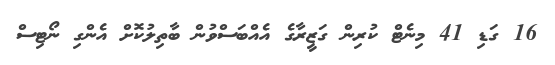
16 ގަޑި 41 މިނެޓް ކުރިން ގަޒީރާގެ އެއްބަސްވުން ބާތިލުކޮށް އެންގި ނޯޓިސް